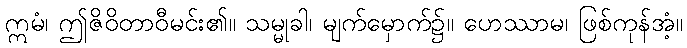
ဣမံ၊ ဤဇိဝိတာဝီမင်း၏။ သမ္မုခါ၊ မျက်မှောက်၌။ ဟေဿာမ၊ ဖြစ်ကုန်အံ့။